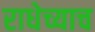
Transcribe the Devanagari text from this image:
राधेच्याच